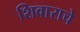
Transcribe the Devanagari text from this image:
शिवाराचे